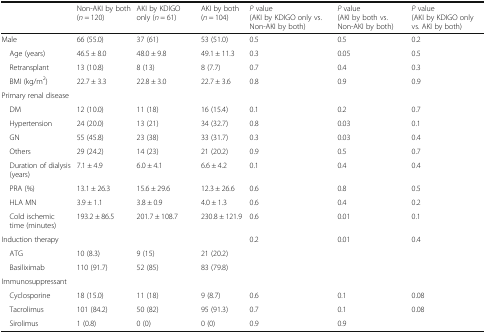
<table><thead><tr><td></td><td><b>Non-AKI by both(<i>n</i> = 120)</b></td><td><b>AKI by KDIGO only (<i>n</i> = 61)</b></td><td><b>AKI by both (<i>n</i> = 104)</b></td><td><b><i>P</i> value(AKI by KDIGO only vs. Non-AKI by both)</b></td><td><b><i>P</i> value(AKI by both vs. Non-AKI by both)</b></td><td><b><i>P</i> value(AKI by KDIGO only vs. AKI by both)</b></td></tr></thead><tbody><tr><td>Male</td><td>66 (55.0)</td><td>37 (61)</td><td>53 (51.0)</td><td>0.5</td><td>0.5</td><td>0.2</td></tr><tr><td> Age (years)</td><td>46.5 ± 8.0</td><td>48.0 ± 9.8</td><td>49.1 ± 11.3</td><td>0.3</td><td>0.05</td><td>0.5</td></tr><tr><td> Retransplant</td><td>13 (10.8)</td><td>8 (13)</td><td>8 (7.7)</td><td>0.7</td><td>0.4</td><td>0.3</td></tr><tr><td> BMI (kg/m<sup>2</sup>)</td><td>22.7 ± 3.3</td><td>22.8 ± 3.0</td><td>22.7 ± 3.6</td><td>0.8</td><td>0.9</td><td>0.9</td></tr><tr><td>Primary renal disease</td><td></td><td></td><td></td><td></td><td></td><td></td></tr><tr><td> DM</td><td>12 (10.0)</td><td>11 (18)</td><td>16 (15.4)</td><td>0.1</td><td>0.2</td><td>0.7</td></tr><tr><td> Hypertension</td><td>24 (20.0)</td><td>13 (21)</td><td>34 (32.7)</td><td>0.8</td><td>0.03</td><td>0.1</td></tr><tr><td> GN</td><td>55 (45.8)</td><td>23 (38)</td><td>33 (31.7)</td><td>0.3</td><td>0.03</td><td>0.4</td></tr><tr><td> Others</td><td>29 (24.2)</td><td>14 (23)</td><td>21 (20.2)</td><td>0.9</td><td>0.5</td><td>0.7</td></tr><tr><td> Duration of dialysis (years)</td><td>7.1 ± 4.9</td><td>6.0 ± 4.1</td><td>6.6 ± 4.2</td><td>0.1</td><td>0.4</td><td>0.4</td></tr><tr><td> PRA (%)</td><td>13.1 ± 26.3</td><td>15.6 ± 29.6</td><td>12.3 ± 26.6</td><td>0.6</td><td>0.8</td><td>0.5</td></tr><tr><td> HLA MN</td><td>3.9 ± 1.1</td><td>3.8 ± 0.9</td><td>4.0 ± 1.3</td><td>0.6</td><td>0.4</td><td>0.2</td></tr><tr><td> Cold ischemic time (minutes)</td><td>193.2 ± 86.5</td><td>201.7 ± 108.7</td><td>230.8 ± 121.9</td><td>0.6</td><td>0.01</td><td>0.1</td></tr><tr><td>Induction therapy</td><td></td><td></td><td></td><td>0.2</td><td>0.01</td><td>0.4</td></tr><tr><td> ATG</td><td>10 (8.3)</td><td>9 (15)</td><td>21 (20.2)</td><td></td><td></td><td></td></tr><tr><td> Basiliximab</td><td>110 (91.7)</td><td>52 (85)</td><td>83 (79.8)</td><td></td><td></td><td></td></tr><tr><td>Immunosuppressant</td><td></td><td></td><td></td><td></td><td></td><td></td></tr><tr><td> Cyclosporine</td><td>18 (15.0)</td><td>11 (18)</td><td>9 (8.7)</td><td>0.6</td><td>0.1</td><td>0.08</td></tr><tr><td> Tacrolimus</td><td>101 (84.2)</td><td>50 (82)</td><td>95 (91.3)</td><td>0.7</td><td>0.1</td><td>0.08</td></tr><tr><td> Sirolimus</td><td>1 (0.8)</td><td>0 (0)</td><td>0 (0)</td><td>0.9</td><td>0.9</td><td></td></tr></tbody></table>